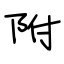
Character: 附